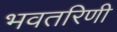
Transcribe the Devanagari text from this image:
भवतरिणी